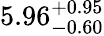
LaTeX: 5.96_{-0.60}^{+0.95}